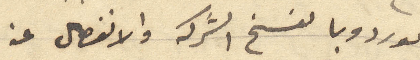
كوردوبا لفسخ الشركه والانفصال عنه